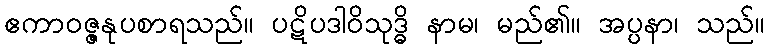
ဧကာဝဇ္ဇနုပစာရသည်။ ပဋိပဒါဝိသုဒ္ဓိ နာမ၊ မည်၏။ အပ္ပနာ၊ သည်။